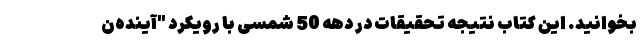
بخوانید. این کتاب نتیجه تحقیقات در دهه 50 شمسی با رویکرد "آینده‌ن